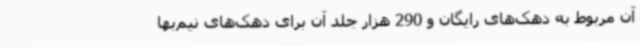
آن مربوط به دهک‌های رایگان و 290 هزار جلد آن برای دهک‌های نیم‌بها